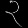
Digit: ၃